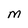
Character: M